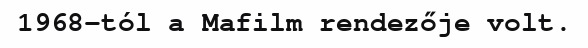
1968-tól a Mafilm rendezője volt.